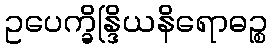
ဥပေက္ခိန္ဒြိယနိရောဓဉ္စ